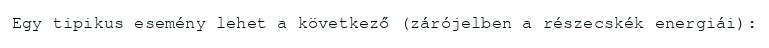
Egy tipikus esemény lehet a következő (zárójelben a részecskék energiái):